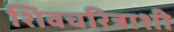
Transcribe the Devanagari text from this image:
शिवचरित्राशी